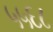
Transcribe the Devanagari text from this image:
५५६८